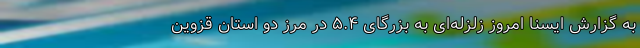
به گزارش ایسنا امروز زلزله‌ای به بزرگای ۵.۴ در مرز دو استان قزوین